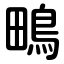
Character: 鴫